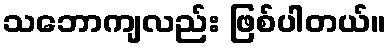
သဘောကျလည်း ဖြစ်ပါတယ်။